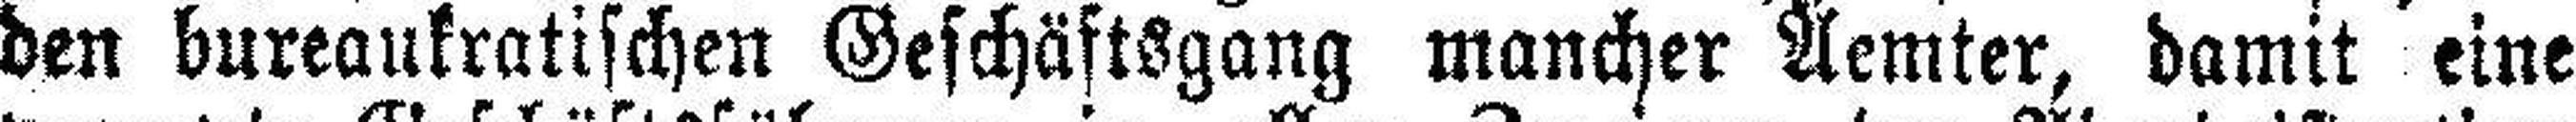
den bureaukratischen Geschäftsgang mancher Aemter, damit eine